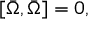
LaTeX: [ \bar { \Omega } , \bar { \Omega } ] = 0 ,